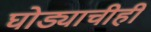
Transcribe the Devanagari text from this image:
घोड्याचीही